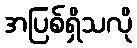
အပြစ်ရှိသလို